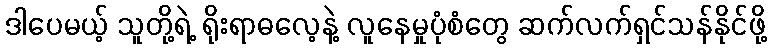
ဒါပေမယ့် သူတို့ရဲ့ ရိုးရာဓလေ့နဲ့ လူနေမှုပုံစံတွေ ဆက်လက်ရှင်သန်နိုင်ဖို့